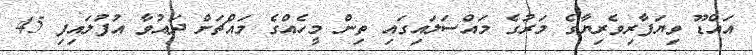
އައްޑޫ ވިޔަފާރިވެރިޔާގެ މަރުގެ މައްސަލައިގައި ތިން މީހެއްގެ މައްޗަށް ދައުވާ އުފުލައިފި 45